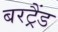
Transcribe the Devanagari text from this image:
बरट्रैंड